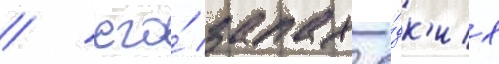
/ его́ запах е́дк'их